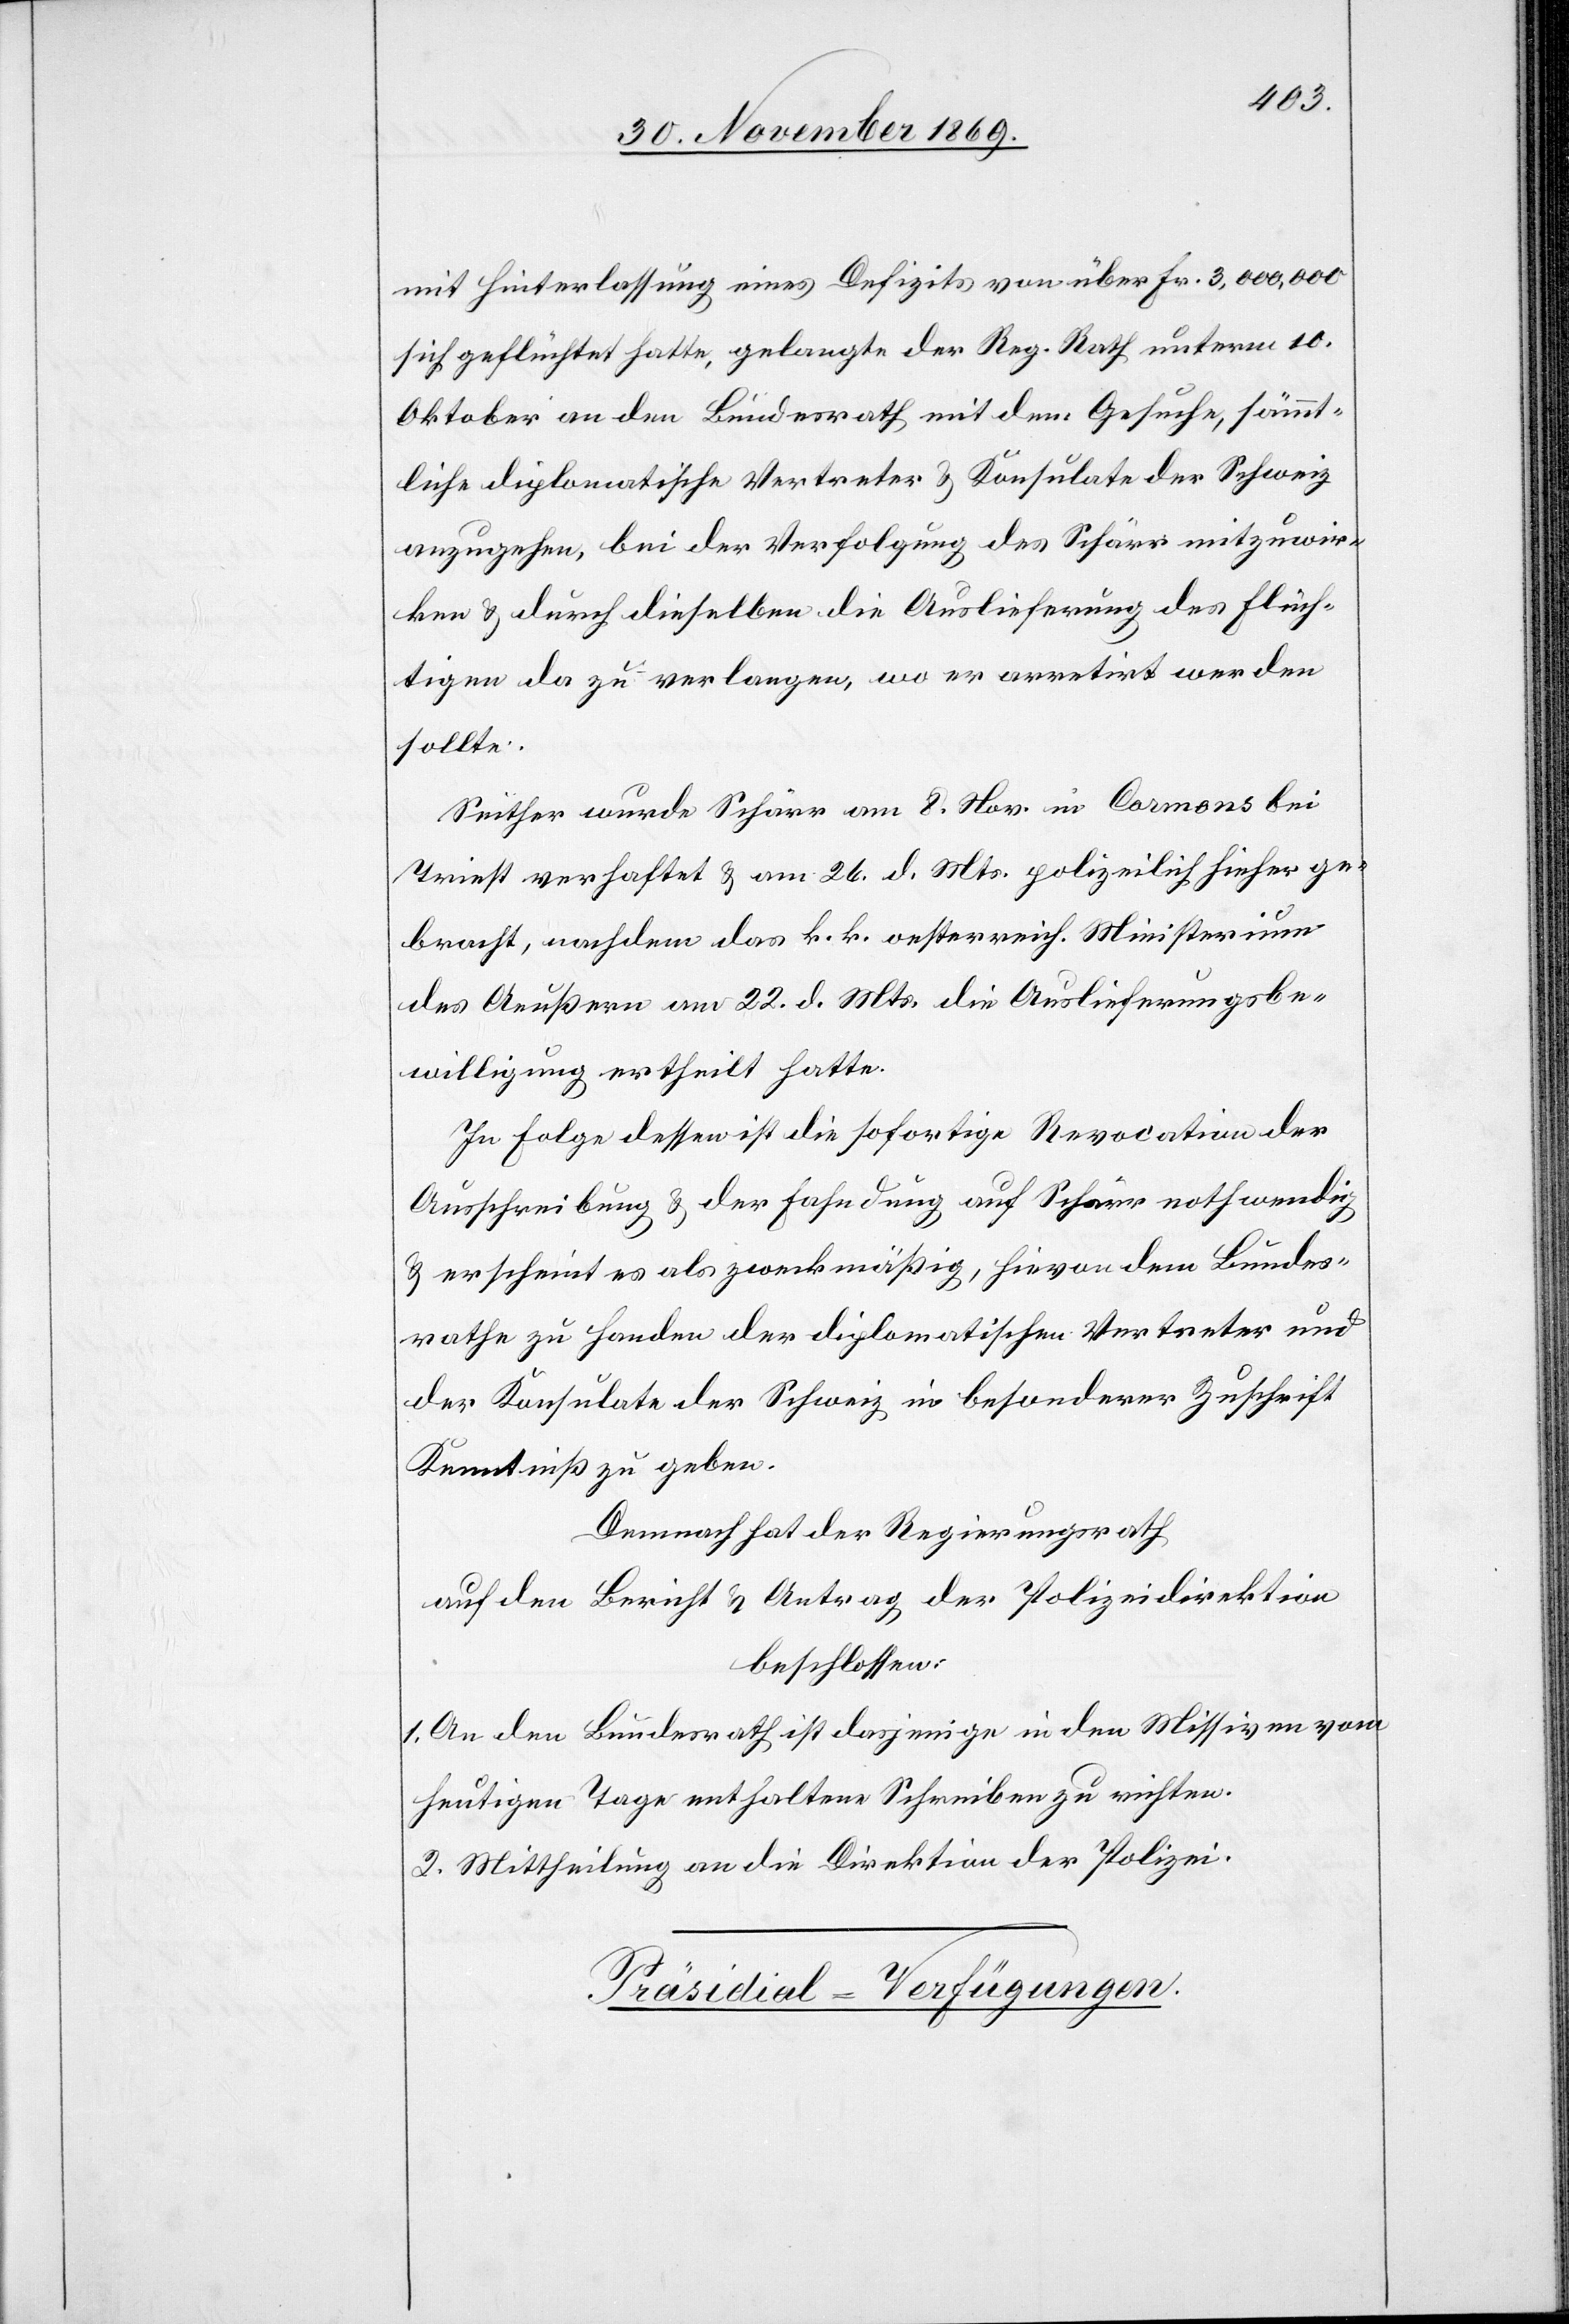
mit Hinterlassung eines Defizits von über Fr. 3,000,000
sich geflüchtet hatte, gelangte der Reg. Rath unterm 10.
Oktober an den Bundesrath mit dem Gesuche, sämmt¬
liche diplomatische Vertreter & Konsulate der Schweiz
anzugehen, bei der Verfolgung des Schärr mitzuwir¬
ken & durch dieselben die Auslieferung des Flüch¬
tigen da zu verlangen, wo er arretirt werden
sollte.
Seither wurde Schärr am 8. Nov. in Cormons bei
Triest verhaftet & am 26. d. Mts. polizeilich hieher ge¬
bracht, nachdem das k. k. oesterreich. Ministerium
des Aeußern am 22. d. Mts. die Auslieferungsbe¬
willigung ertheilt hatte.
In Folge dessen ist die sofortige Revocation der
Ausschreibung & der Fahndung auf Schärr nothwendig
& erscheint es als zweckmäßig, hievon dem Bundes¬
rathe zu Handen der diplomatischen Vertreter und
der Konsulate der Schweiz in besonderer Zuschrift
Kenntniß zu geben.
Demnach hat der Regierungsrath
auf den Bericht & Antrag der Polizeidirektion
beschlossen:
1. An den Bundesrath ist dasjenige in den Missiven vom
heutigen Tage enthaltene Schreiben zu richten.
2. Mittheilung an die Direktion der Polizei.
Präsidial-Verfügungen.